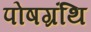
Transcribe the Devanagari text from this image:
पोषग्रंथि